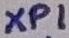
Text: XP1